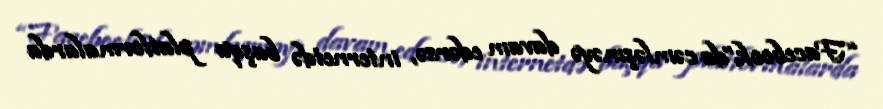
“Facebook”da cəmləşməyə davam edərsə, internetdə başqa platformalarda